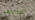
ضحاياهم